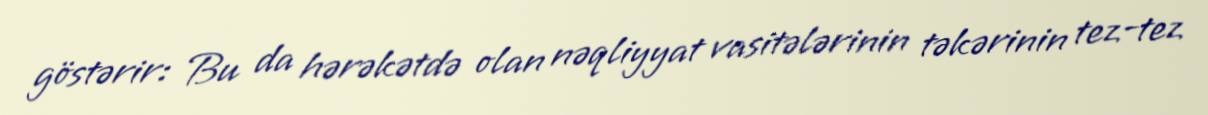
göstərir: Bu da hərəkətdə olan nəqliyyat vasitələrinin təkərinin tez-tez